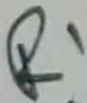
Text: R1